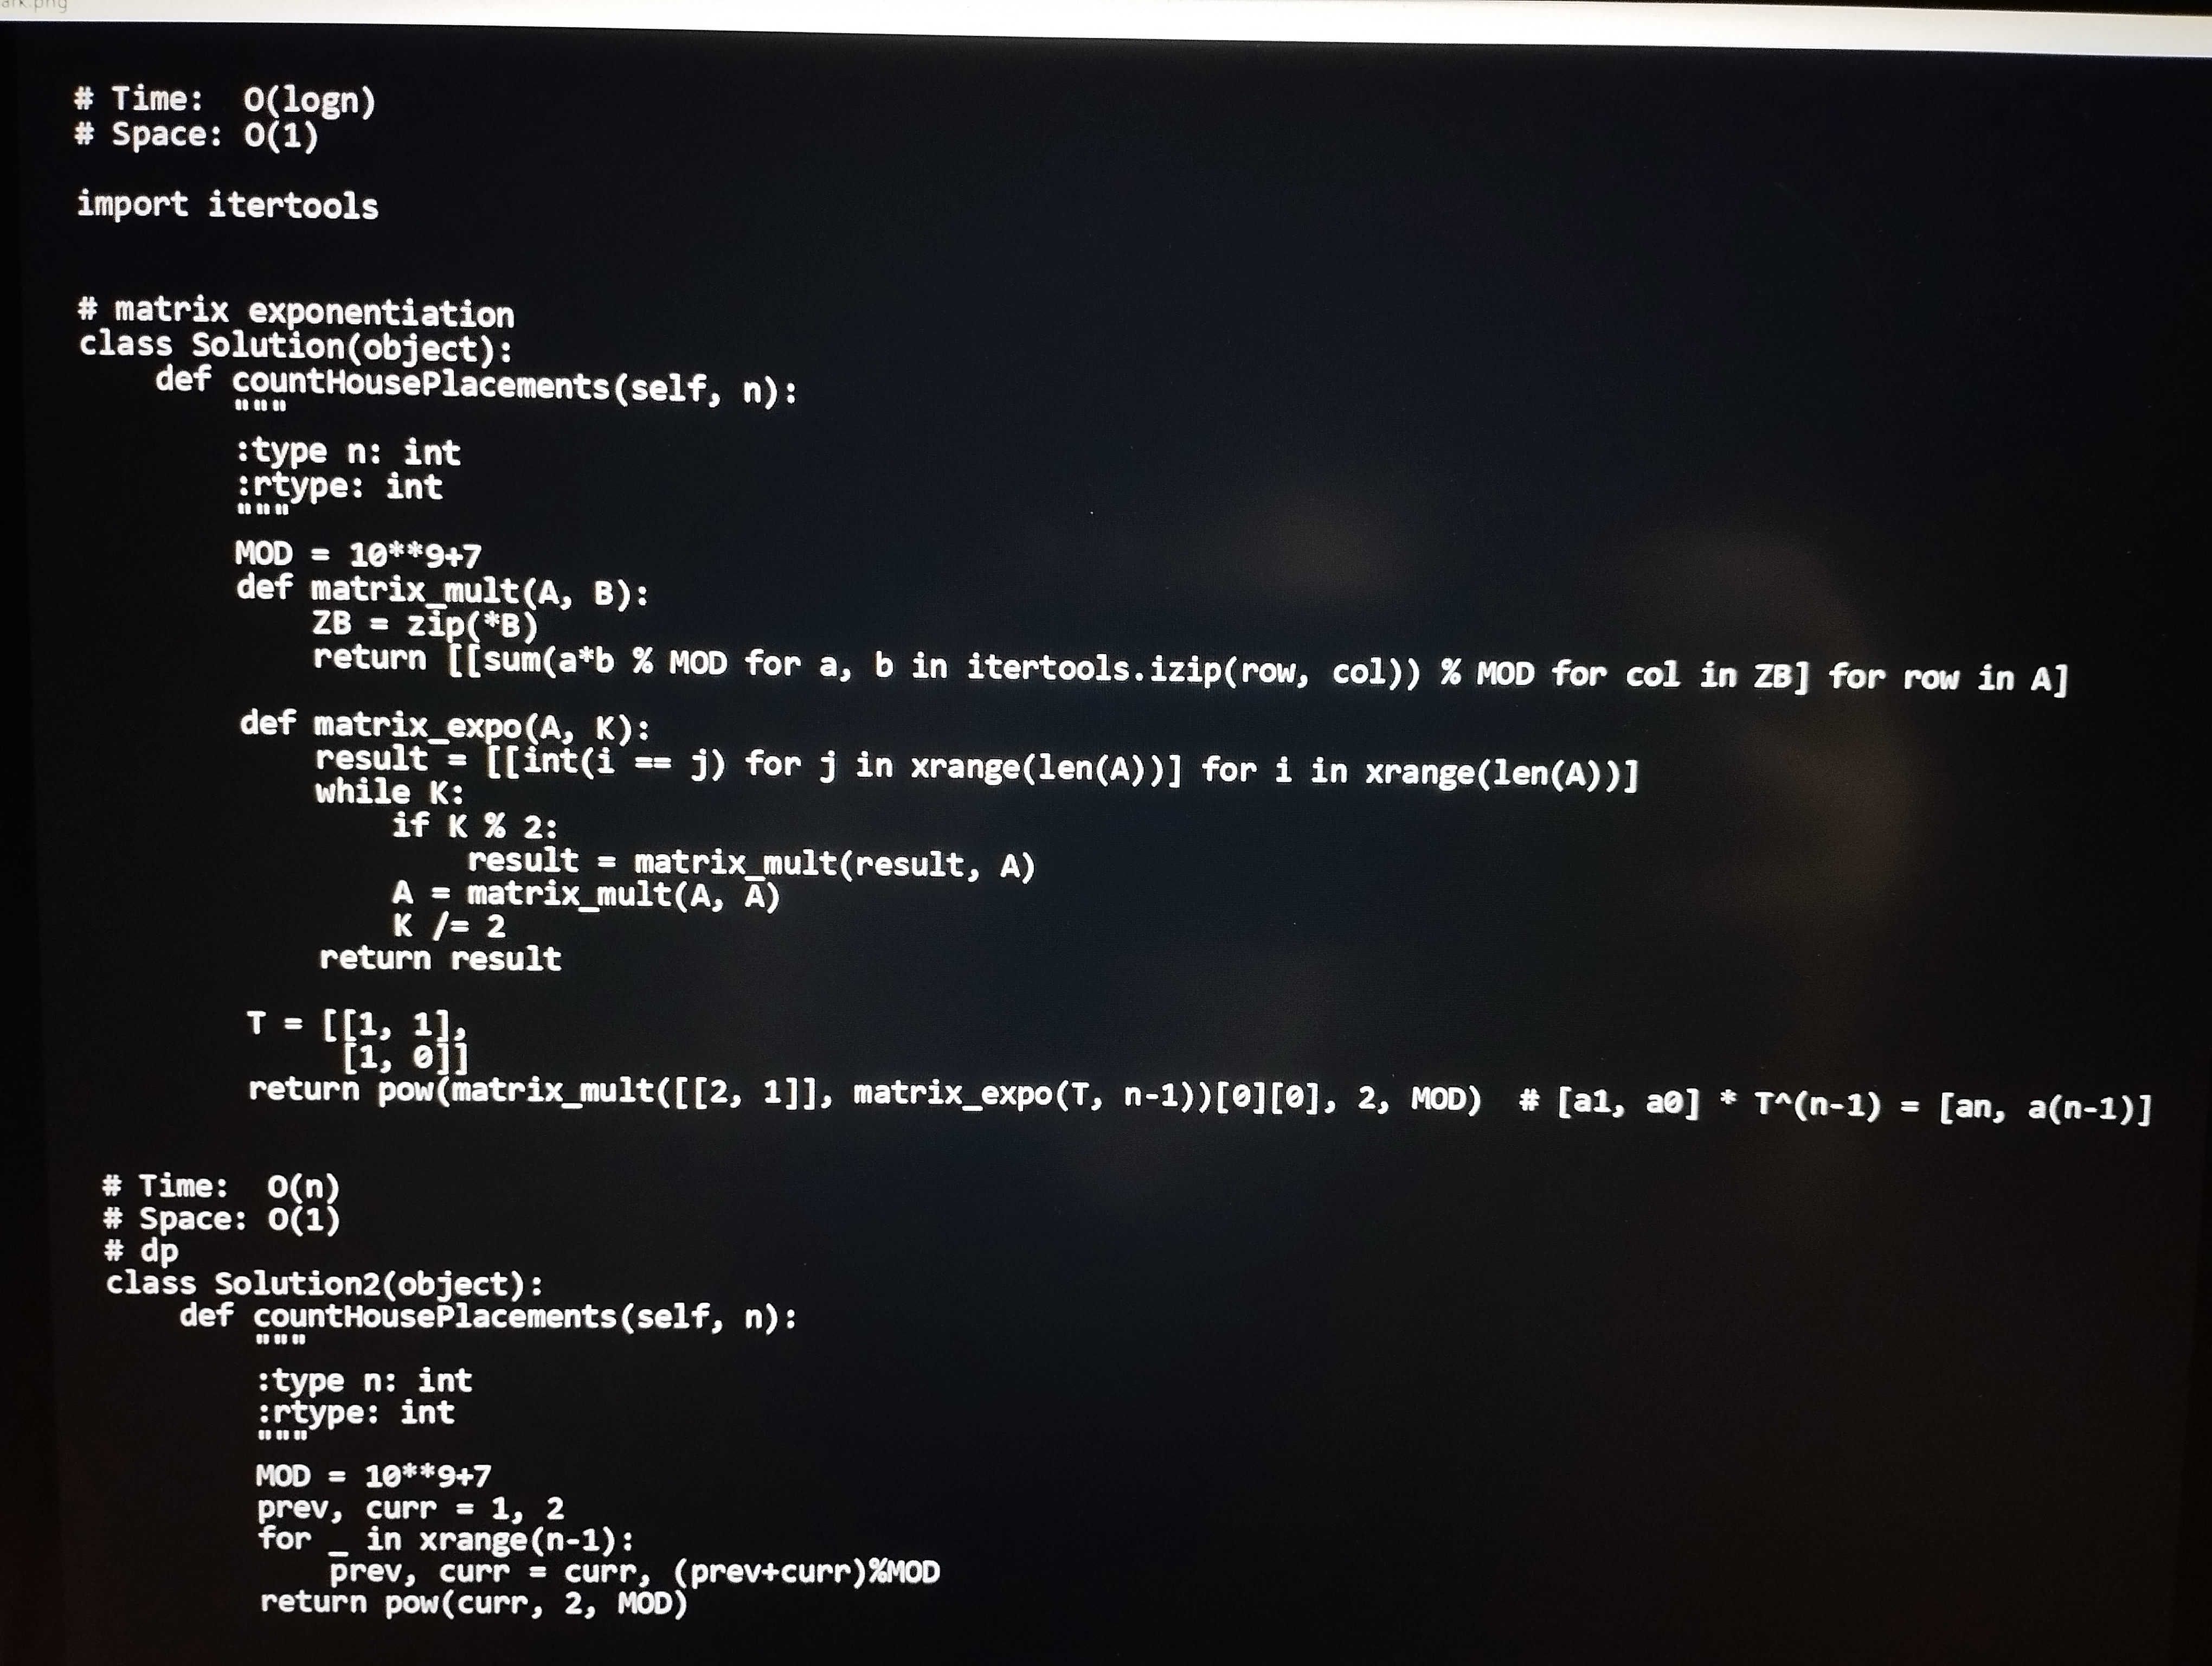
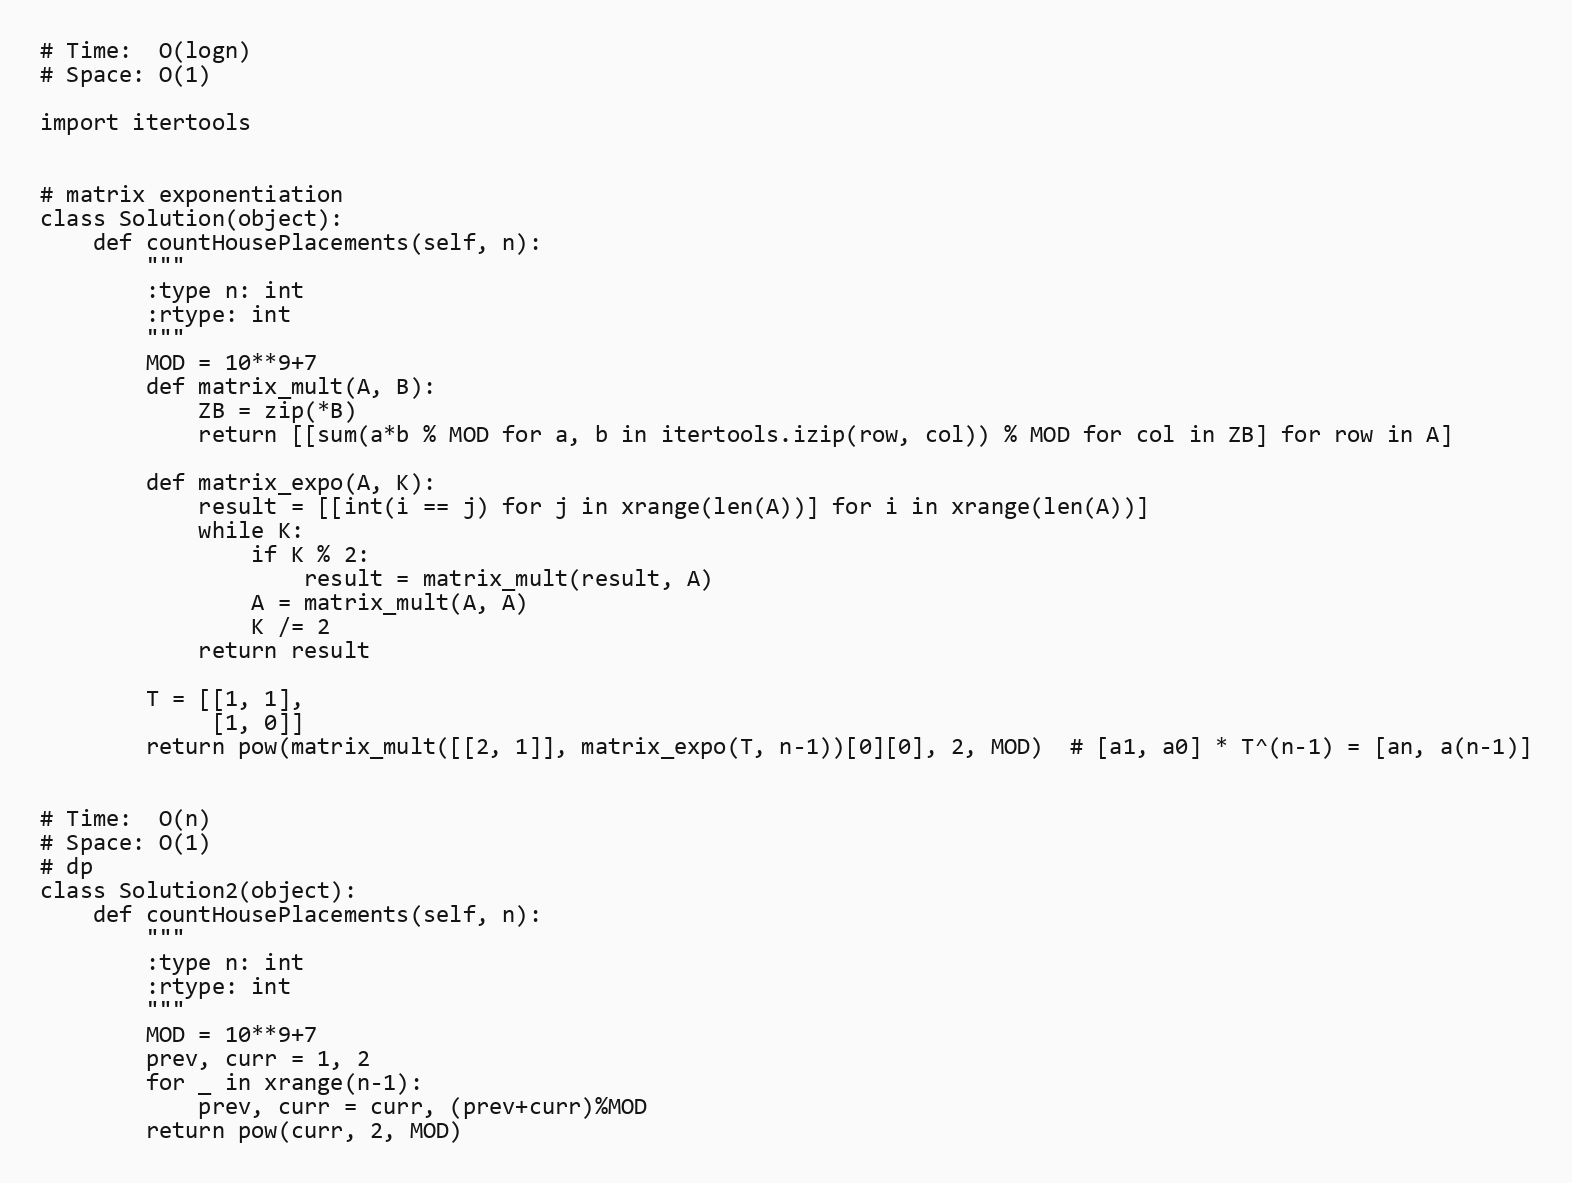
# Time:  O(logn)
# Space: O(1)

import itertools

# matrix exponentiation
class Solution(object):
    def countHousePlacements(self, n):
        """
        :type n: int
        :rtype: int
        """
        MOD = 10**9+7
        def matrix_mult(A, B):
            ZB = zip(*B)
            return [[sum(a*b % MOD for a, b in itertools.izip(row, col)) % MOD for col in ZB] for row in A]

        def matrix_expo(A, K):
            result = [[int(i == j) for j in xrange(len(A))] for i in xrange(len(A))]
            while K:
                if K % 2:
                    result = matrix_mult(result, A)
                A = matrix_mult(A, A)
                K /= 2
            return result

        T = [[1, 1],
             [1, 0]]
        return pow(matrix_mult([[2, 1]], matrix_expo(T, n-1))[0][0], 2, MOD)  # [a1, a0] * T^(n-1) = [an, a(n-1)]

# Time:  O(n)
# Space: O(1)
# dp
class Solution2(object):
    def countHousePlacements(self, n):
        """
        :type n: int
        :rtype: int
        """
        MOD = 10**9+7
        prev, curr = 1, 2
        for _ in xrange(n-1):
            prev, curr = curr, (prev+curr)%MOD
        return pow(curr, 2, MOD)